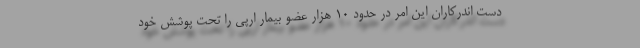
دست اندرکاران این امر در حدود 10 هزار عضو بیمار ارپی را تحت پوشش خود